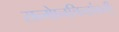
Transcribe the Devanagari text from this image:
सन्माेनचिन्हांबनी